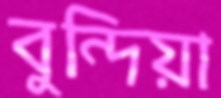
বুন্দিয়া